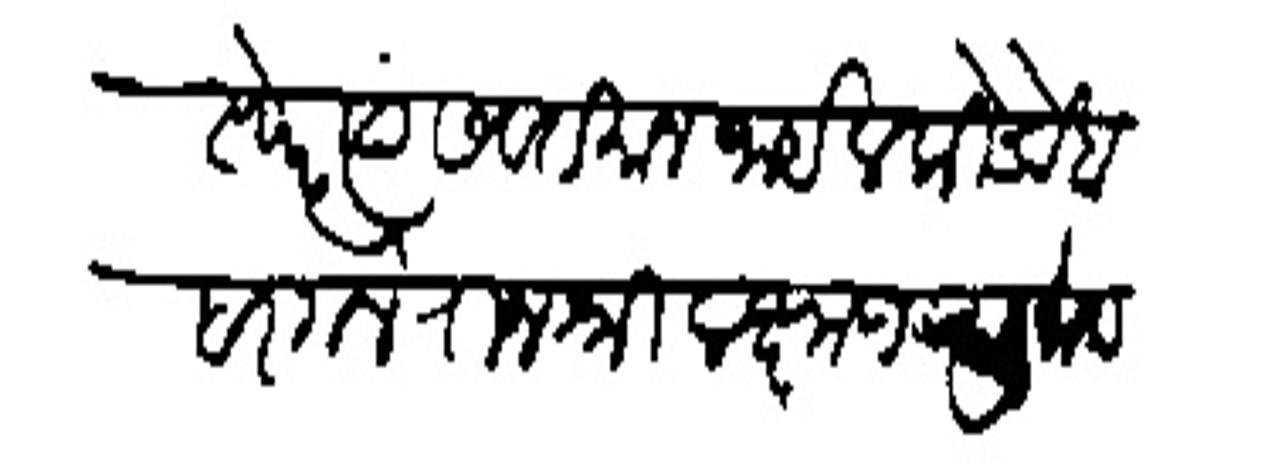
Transliteration (Devanagari): परस्परे त्यांस वर्तमान जाईल की डेरे वाहर गेले राजशरी लक्ष्मण रघुनाथ